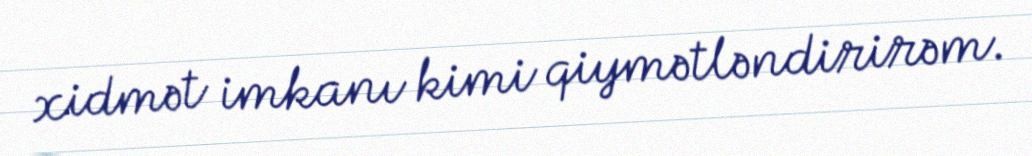
xidmət imkanı kimi qiymətləndirirəm.